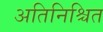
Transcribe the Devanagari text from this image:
अतिनिश्चित